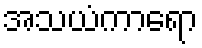
အသယံကာရော